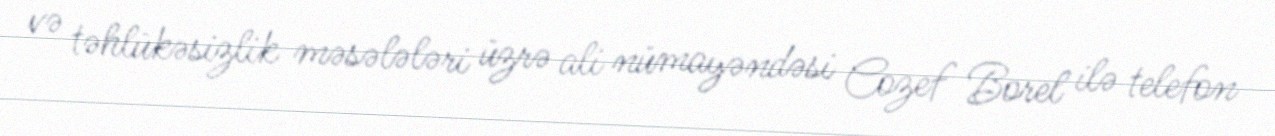
və təhlükəsizlik məsələləri üzrə ali nümayəndəsi Cozef Borel ilə telefon